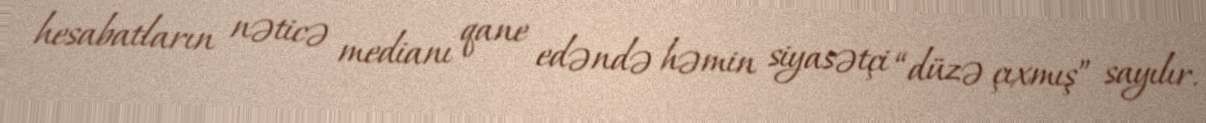
hesabatların nəticə medianı qane edəndə həmin siyasətçi “düzə çıxmış” sayılır.